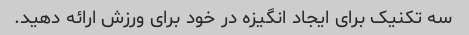
سه تکنیک برای ایجاد انگیزه در خود برای ورزش ارائه دهید.